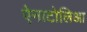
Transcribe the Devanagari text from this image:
ऐनाटोलिआ